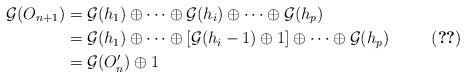
LaTeX: \begin{align*}\mathcal{G}(O_{n+1}) &= \mathcal{G}(h_1) \oplus \dots \oplus \mathcal{G}(h_i) \oplus \dots \oplus \mathcal{G}(h_p)& \\& = \mathcal{G}(h_1) \oplus \dots \oplus [\mathcal{G}(h_i-1) \oplus 1] \oplus \dots \oplus \mathcal{G}(h_p) &\eqref{ob1}\\& = \mathcal{G}(O'_n) \oplus 1&\end{align*}